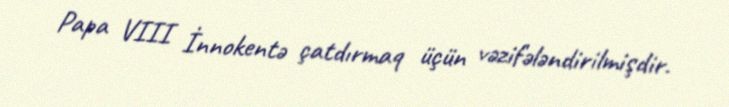
Papa VIII İnnokentə çatdırmaq üçün vəzifələndirilmişdir.